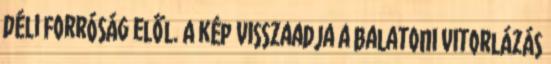
déli forróság elől. A kép visszaadja a balatoni vitorlázás